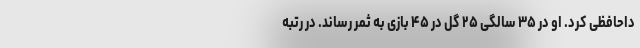
داحافظی کرد. او در ۳۵ سالگی ۲۵ گل در ۴۵ بازی به ثمر رساند. در رتبه